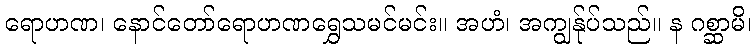
ရောဟဏ၊ နောင်တော်ရောဟဏရွှေသမင်မင်း။ အဟံ၊ အကျွန်ုပ်သည်။ န ဂစ္ဆာမိ၊